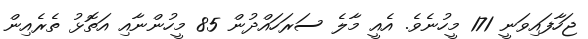
ޖަހާފައިވަނީ 171 މީހުނެވެ. އެއީ މާލެ ސަރަހައްދުން 85 މީހުންނާއި އަތޮޅު ތެރެއިން